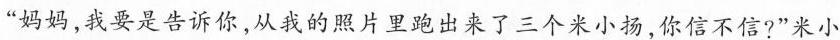
“妈妈，我要是告诉你，从我的照片里跑出来了三个米小扬，你信不信?”米小